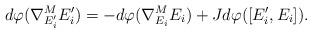
LaTeX: \begin{align*}d\varphi(\nabla^M_{E_i^\prime}E_i^\prime)= -d\varphi(\nabla^M_{E_i}E_i)+Jd\varphi([E_i^\prime,E_i]).\end{align*}